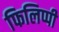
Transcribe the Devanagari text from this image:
फिलिप्पी